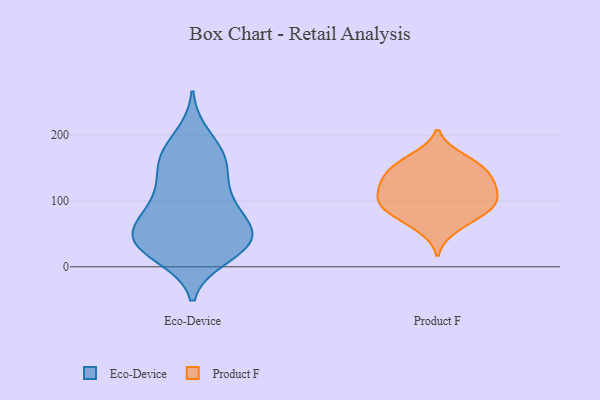
{"axis": {"x": "Active Users", "y": "Value"}, "legend": ["Eco-Device", "Product F"], "data": [{"x": "", "y": 155, "type": "Eco-Device"}, {"x": "", "y": 41, "type": "Eco-Device"}, {"x": "", "y": 39, "type": "Eco-Device"}, {"x": "", "y": 43, "type": "Eco-Device"}, {"x": "", "y": 172, "type": "Eco-Device"}, {"x": "", "y": 37, "type": "Eco-Device"}, {"x": "", "y": 63, "type": "Eco-Device"}, {"x": "", "y": 121, "type": "Eco-Device"}, {"x": "", "y": 163, "type": "Eco-Device"}, {"x": "", "y": 72, "type": "Eco-Device"}, {"x": "", "y": 110, "type": "Eco-Device"}, {"x": "", "y": 101, "type": "Eco-Device"}, {"x": "", "y": 53, "type": "Eco-Device"}, {"x": "", "y": 198, "type": "Eco-Device"}, {"x": "", "y": 162, "type": "Eco-Device"}, {"x": "", "y": 17, "type": "Eco-Device"}, {"x": "", "y": 30, "type": "Eco-Device"}, {"x": "", "y": 25, "type": "Eco-Device"}, {"x": "", "y": 81, "type": "Eco-Device"}, {"x": "", "y": 119, "type": "Product F"}, {"x": "", "y": 98, "type": "Product F"}, {"x": "", "y": 106, "type": "Product F"}, {"x": "", "y": 162, "type": "Product F"}, {"x": "", "y": 95, "type": "Product F"}, {"x": "", "y": 146, "type": "Product F"}, {"x": "", "y": 83, "type": "Product F"}, {"x": "", "y": 57, "type": "Product F"}, {"x": "", "y": 146, "type": "Product F"}, {"x": "", "y": 131, "type": "Product F"}, {"x": "", "y": 116, "type": "Product F"}, {"x": "", "y": 167, "type": "Product F"}, {"x": "", "y": 134, "type": "Product F"}, {"x": "", "y": 74, "type": "Product F"}, {"x": "", "y": 89, "type": "Product F"}]}